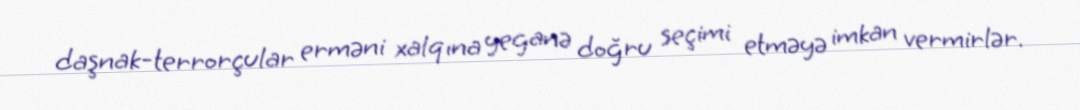
daşnak-terrorçular erməni xalqına yeganə doğru seçimi etməyə imkan vermirlər.